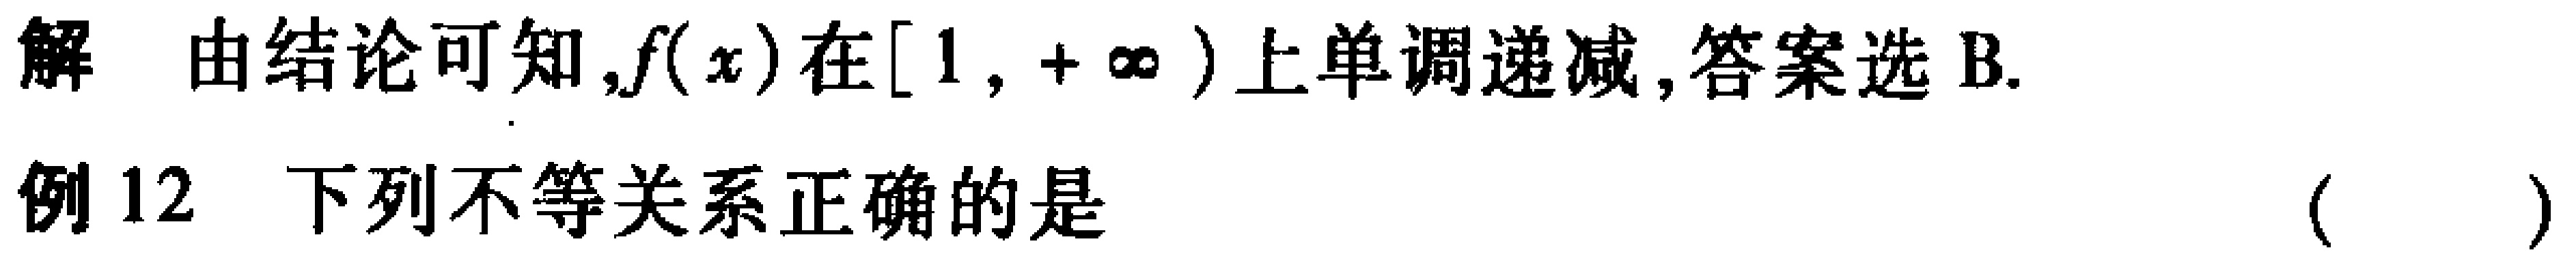
解 由结论可知,$f(x)$在$[1,+\infty)$上单调递减,答案选B.

例12 下列不等关系正确的是 （  ）